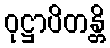
ဝုဋ္ဌာပိတန္တိ